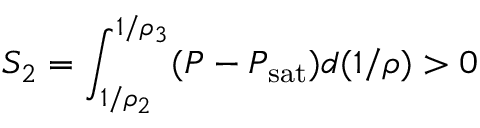
S _ { 2 } = \int _ { 1 / \rho _ { 2 } } ^ { 1 / \rho _ { 3 } } ( P - P _ { \mathrm { s a t } } ) d ( 1 / \rho ) > 0